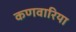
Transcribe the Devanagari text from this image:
कणवारिया